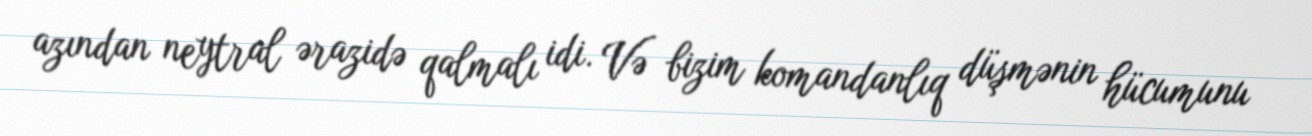
azından neytral ərazidə qalmalı idi. Və bizim komandanlıq düşmənin hücumunu